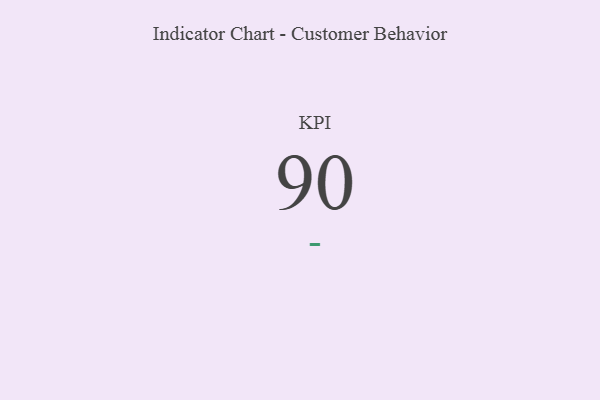
{"axis": {"x": "KPI", "y": "Value"}, "legend": [""], "data": [{"x": "KPI", "y": 90, "type": ""}]}